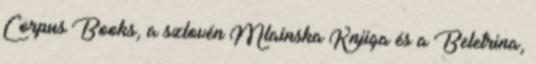
Corpus Books, a szlovén Mlainska Knjiga és a Beletrina,